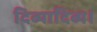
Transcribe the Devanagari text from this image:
दिव्यादिव्य।